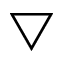
\bigtriangledown